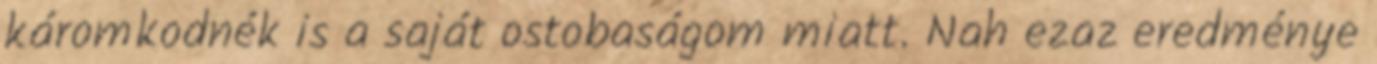
káromkodnék is a saját ostobaságom miatt. Nah ezaz eredménye